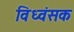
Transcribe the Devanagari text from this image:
विध्‍वंसक